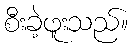
စီးခဲ့ဖူးသည်။